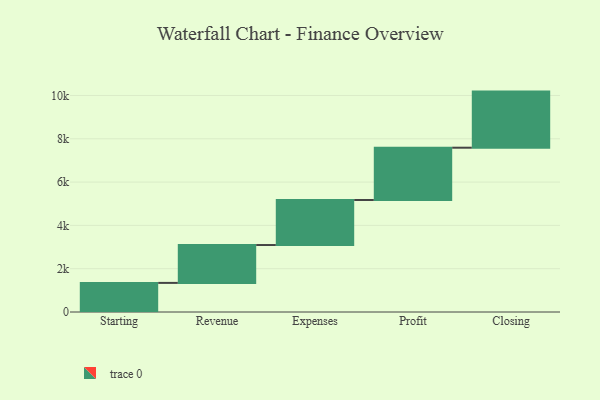
{"axis": {"x": "Step", "y": "Value"}, "legend": [""], "data": [{"x": "Starting", "y": 1344.0, "type": ""}, {"x": "Revenue", "y": 1749.0, "type": ""}, {"x": "Expenses", "y": 2080.0, "type": ""}, {"x": "Profit", "y": 2415.0, "type": ""}, {"x": "Closing", "y": 2591.0, "type": ""}]}